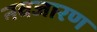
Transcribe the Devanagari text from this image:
नवजारण